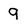
Character: 9